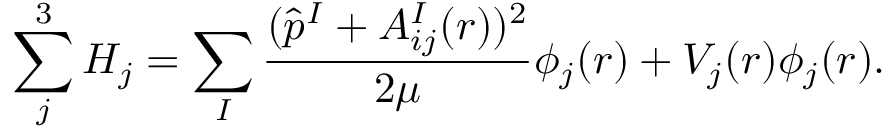
\sum _ { j } ^ { 3 } H _ { j } = \sum _ { I } \frac { ( \hat { p } ^ { I } + A _ { i j } ^ { I } ( r ) ) ^ { 2 } } { 2 \mu } \phi _ { j } ( r ) + V _ { j } ( r ) \phi _ { j } ( r ) .